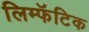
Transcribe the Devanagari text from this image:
लिम्फॅटिक